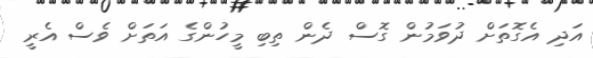
އަދި އެގޮތަށް ދުވަމުން ގޮސް ދެން ތިބި މީހުންގެ އަތަށް ވެސް އެރީ